Annual report of the Punjab Veterinary College and of the Civil Veterinary Department, Punjab - 1894-1908
Year: 1894
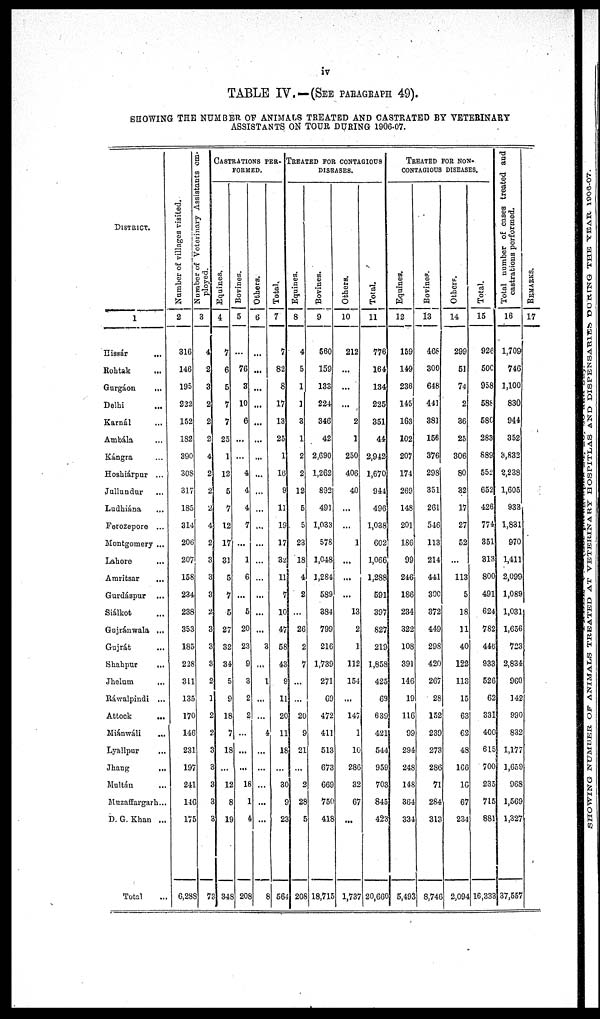
iv
TABLE IV.—(SEE PARAGRAPH 49).
SHOWING THE NUMBER OF ANIMALS TREATED AND CASTRATED BY VETERINARY
ASSISTANTS ON TOUR DURING 1906-07.
DISTRICT
1
Hissár
...
Rohtak
...
Gurgaon
Delhi ...
Karnal ...
Ambala ...
Kángra ...
Hoshiárpur ...
Jullundur ...
Ladhiána ...
Ferozepore ...
Montgomery ...
Lahore ...
Amritsar ...
Gurdaspur ...
Siálkot ...
Gujránwala ...
Gujrát ...
Shahpur
...
Jhelum
...
Rawalpindi ...
Attock
...
Miánwáli
...
Lyallpur ...
Jhang ...
Multán ...
Muzaffargarh...
D. G. Khan ...
Total ...
Number of villages visited.
2
316
146
195
222
152
182
390
Number of Veterinary Assistants em-
ployed.
3
4
2
3
2
2
2
4
308
317
185
314
206
207
158
234
238
353
185
228
311
135
170
146
231
197
241
146
175
6,288
2
2
2
4
2
3
3
3
2
3
3
3
2
1
2
2
3
3
3
3
3
73
CASTRATION PER-
FORMED.
Equines.
4
7
6
5
7
7
25
1
12
5
7
12
17
31
5
7
5
27
32
34
5
9
18
1
16
...
12
8
19
348
Bovines.
5
...
76
3
10
6
...
...
4
4
4
7
...
1
6
...
5
20
23
9
3
2
2
...
...
...
18
1
4
208
Others.
6
...
...
...
...
...
...
...
...
...
...
...
...
...
...
...
...
...
3
...
1
...
...
4
...
...
...
...
...
8
Total.
7
7
82
8
17
13
25
1
16
9
11
19
17
32
11
7
10
47
58
43
9
11
20
11
18
...
30
...
23
564
TREATED FOR CONTAGIOUS
DISEASES.
Equines.
8
4
5
1
1
3
1
2
2
12
5
5
23
18
4
2
...
26
2
7
...
...
20
9
21
...
2
28
5
208
Bovines.
9
560
159
133
224
346
42
2,690
1,262
892
491
1,033
578
1,048
1,284
589
384
799
216
1,739
271
69
472
411
513
673
669
750
418
18,715
Others.
10
212
...
...
...
2
1
250
406
40
...
...
1
...
...
...
13
2
1
112
154
...
147
1
10
286
32
67
...
1,737
Total.
11
776
164
134
225
351
44
2,942
1,670
944
496
1,038
602
1,066
1,288
591
397
827
219
1,858
425
69
639
421
544
959
708
845
423
20,660
TREATED FOR NON-
CONTAGIOUS DISEASES.
Equines.
12
159
149
236
145
163
102
207
174
269
148
201
186
99
246
186
234
322
108
391
146
19
116
99
294
248
148
364
334
5,493
Bovines.
13
468
300
648
441
381
156
376
298|
351
261
546
113
214
441
300
372
449
298
420
267
28
152
239
273
286
71
284
313
8,746
Othere.
14
299
51
74
2
36
25
306
80
32
17
27
52
...
113
5
18
11
40
122
113
15
63
62
48
166
16
67
234
2,094
Total.
15
926
500
958
588
580
283
889
552
652
426
774
351
313
800
491
624
782
446
933
526
62
331
400
615
700
235
715
881
16,333
Total number of cases treated and
castrations performed.
16
1,709
746
1,100
830
944
352
3,832
2,238
1,605
933
1,831
970
1,411
2,099
1,089
1,031
1,656
723
2,834
960
142
990
832
1,177
1,659
968
1,569
1,327
37,557
REMARKS.
17